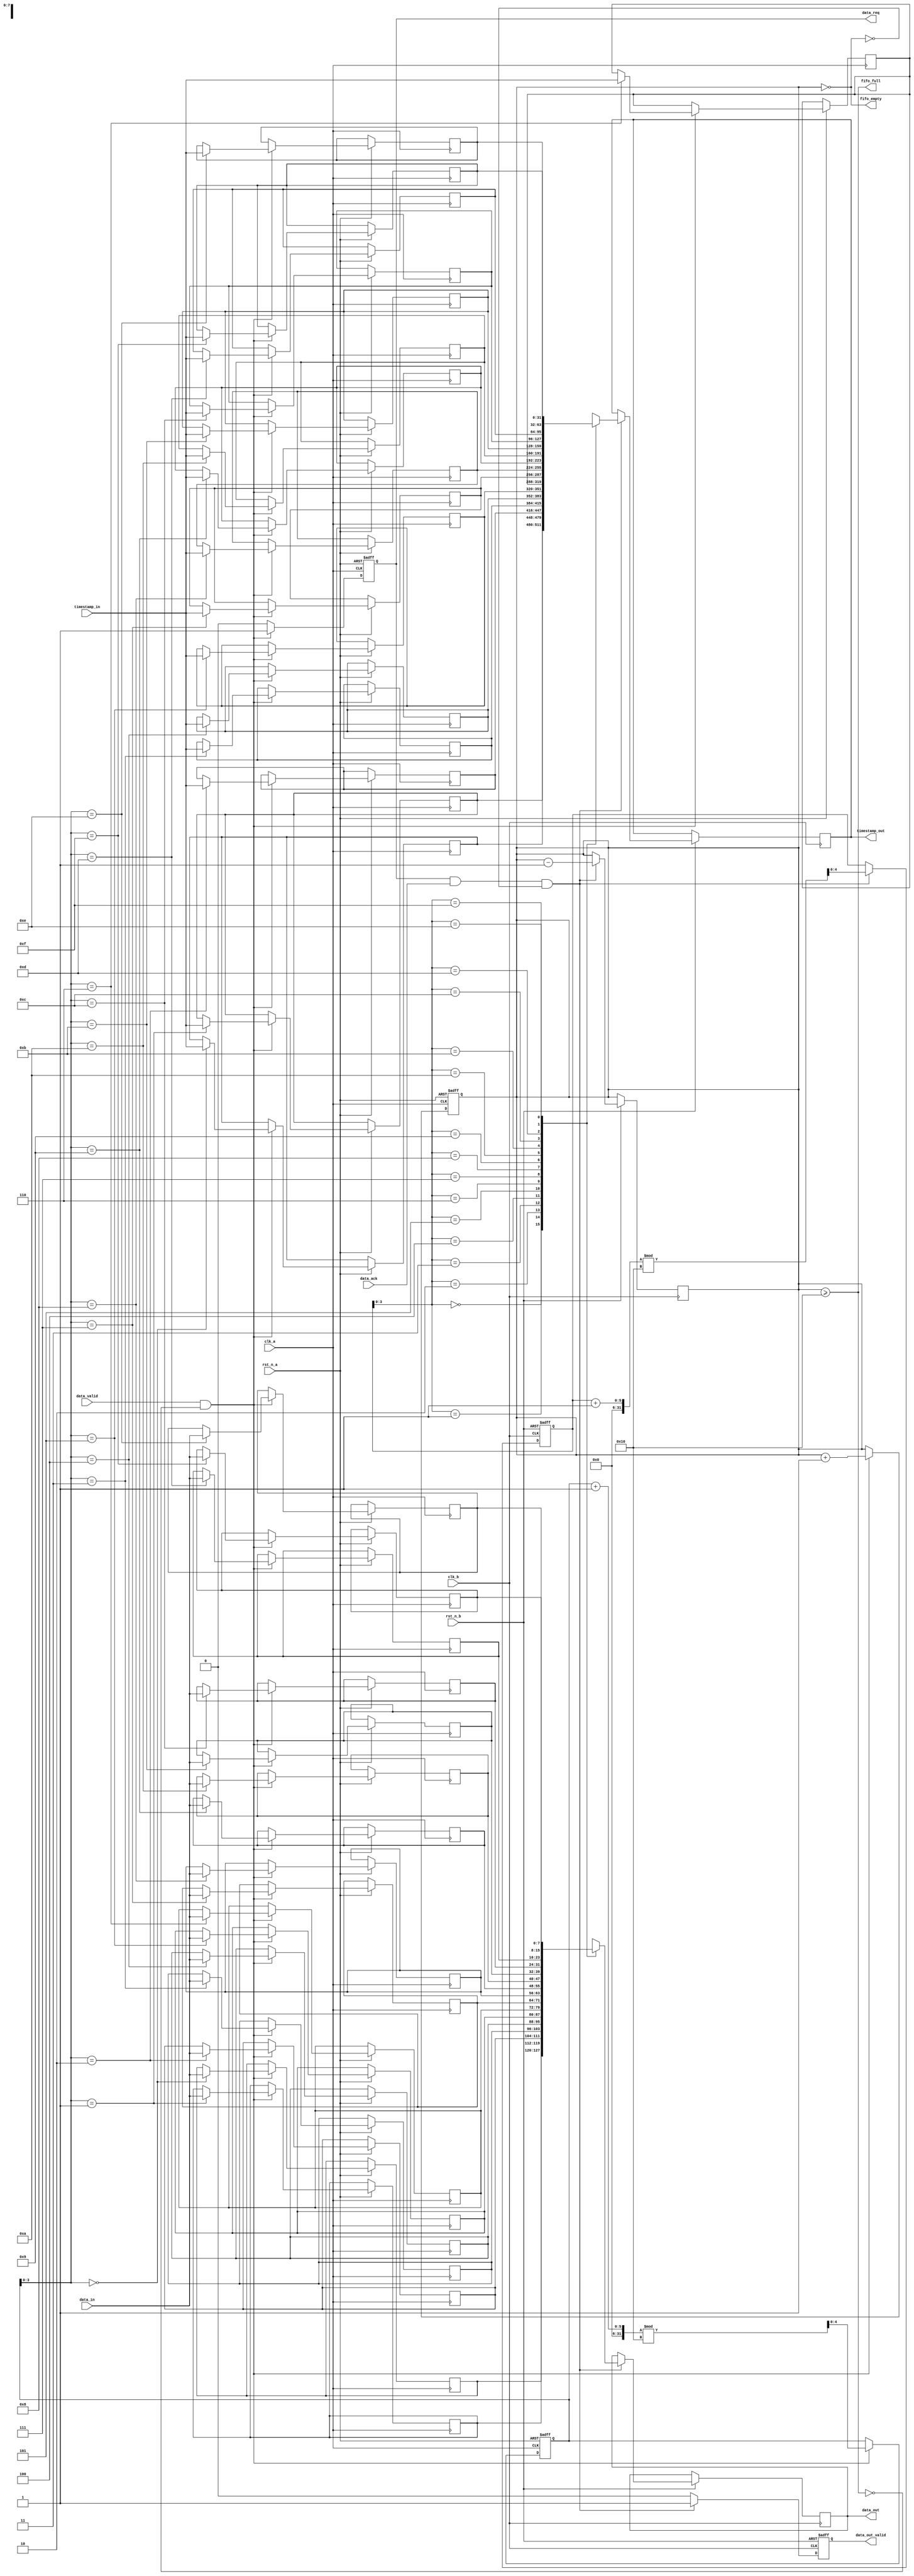
module TimeStampedSynchronizer #(
    parameter DATA_WIDTH = 8,
    parameter TIMESTAMP_WIDTH = 32,
    parameter FIFO_DEPTH = 16
)(
    input wire clk_a,                      // Clock for Domain A
    input wire clk_b,                      // Clock for Domain B
    input wire rst_n_a,                   // Asynchronous reset for Domain A
    input wire rst_n_b,                   // Asynchronous reset for Domain B

    input wire [DATA_WIDTH-1:0] data_in, // Data input from Domain A
    input wire [TIMESTAMP_WIDTH-1:0] timestamp_in, // Timestamp input from Domain A
    input wire data_valid,                // Signal indicating valid data in Domain A

    output reg [DATA_WIDTH-1:0] data_out, // Synchronized data output to Domain B
    output reg [TIMESTAMP_WIDTH-1:0] timestamp_out, // Synchronized timestamp output to Domain B
    output reg data_out_valid,            // Signal indicating valid data is ready for Domain B
    
    // Handshaking signals
    output reg data_req,                  // Request signal for data transfer to Domain B
    input wire data_ack,                  // Acknowledge signal from Domain B

    output wire fifo_empty,               // FIFO empty indicator
    output wire fifo_full                 // FIFO full indicator
);

// FIFO buffer and control signals
reg [DATA_WIDTH-1:0] fifo_data [0:FIFO_DEPTH-1];
reg [TIMESTAMP_WIDTH-1:0] fifo_timestamp [0:FIFO_DEPTH-1];
reg [4:0] write_ptr, read_ptr;
reg [4:0] fifo_count;

// Asynchronous reset logic for Domain A
always @(posedge clk_a or negedge rst_n_a) begin
    if (!rst_n_a) begin
        write_ptr <= 0;
        fifo_count <= 0;
        data_req <= 0;
    end else if (data_valid && !fifo_full) begin
        fifo_data[write_ptr] <= data_in;
        fifo_timestamp[write_ptr] <= timestamp_in;
        write_ptr <= (write_ptr + 1) % FIFO_DEPTH;
        fifo_count <= fifo_count + 1;
        data_req <= 1; // Request data transfer to Domain B
    end else begin
        data_req <= 0;
    end
end

// FIFO full/empty indicators
assign fifo_full = (fifo_count >= FIFO_DEPTH);
assign fifo_empty = (fifo_count == 0);

// Asynchronous reset logic for Domain B
always @(posedge clk_b or negedge rst_n_b) begin
    if (!rst_n_b) begin
        read_ptr <= 0;
        data_out_valid <= 0;
    end else if (data_req && data_ack && !fifo_empty) begin
        data_out <= fifo_data[read_ptr];
        timestamp_out <= fifo_timestamp[read_ptr];
        read_ptr <= (read_ptr + 1) % FIFO_DEPTH;
        fifo_count <= fifo_count - 1;
        data_out_valid <= 1; // Indicate that valid data is ready
    end else begin
        data_out_valid <= 0;
    end
end

endmodule